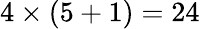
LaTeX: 4\times(5+1)=24